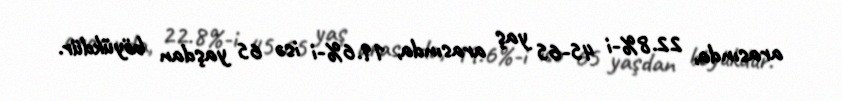
arasında, 22.8%-i 45-65 yaş arasında, 19.6%-i isə 65 yaşdan böyükdür.